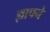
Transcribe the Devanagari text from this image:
ज्ञापने